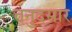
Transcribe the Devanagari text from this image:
तनुदसार